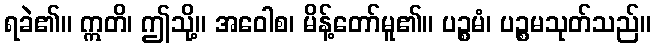
ရခဲ၏။ ဣတိ၊ ဤသို့။ အဝေါစ၊ မိန့်တော်မူ၏။ ပဉ္စမံ၊ ပဉ္စမသုတ်သည်။